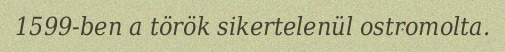
1599-ben a török sikertelenül ostromolta.